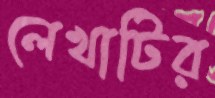
লেখাটির